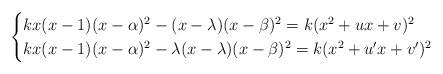
LaTeX: \begin{align*}\begin{cases}kx(x-1)(x-\alpha)^2-(x-\lambda)(x-\beta)^2=k(x^2+ux+v)^2\\kx(x-1)(x-\alpha)^2-\lambda(x-\lambda)(x-\beta)^2=k(x^2+u^{\prime}x+v^{\prime})^2\end{cases}\end{align*}